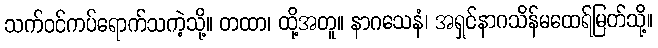
သက်ဝင်ကပ်ရောက်သကဲ့သို့။ တထာ၊ ထို့အတူ။ နာဂသေနံ၊ အရှင်နာဂသိန်မထေရ်မြတ်သို့။